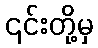
၎င်းတို့မှ